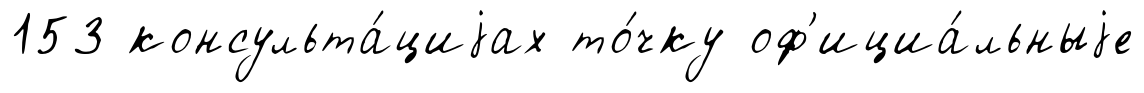
153 консульта́циjах то́чку оф'ициа́льныjе